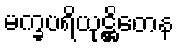
မက္ခပရိယုဋ္ဌိတေန